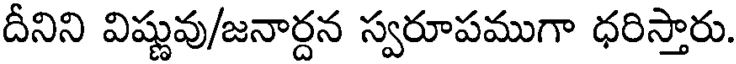
దీనిని విష్ణువు/జనార్దన స్వరూపముగా ధరిస్తారు.